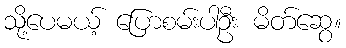
သို့ပေမယ့် ပြောစမ်းပါဦး မိတ်ဆွေ။